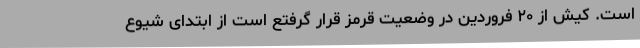
است. کیش از ۲۰ فروردین در وضعیت قرمز قرار گرفتع است از ابتدای شیوع